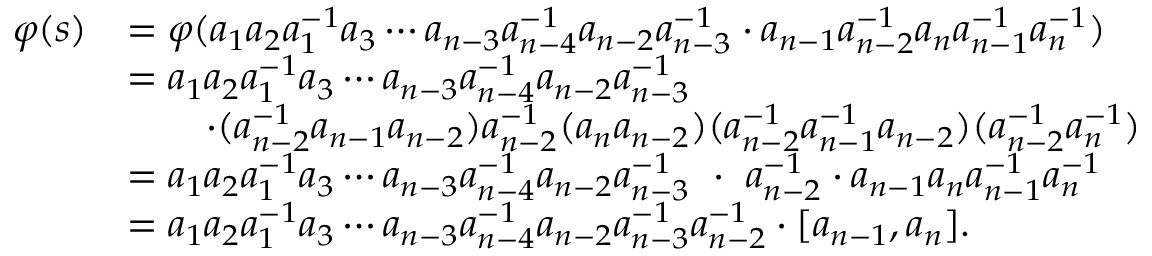
\begin{array} { r l } { \varphi ( s ) } & { = \varphi ( a _ { 1 } a _ { 2 } a _ { 1 } ^ { - 1 } a _ { 3 } \cdots a _ { n - 3 } a _ { n - 4 } ^ { - 1 } a _ { n - 2 } a _ { n - 3 } ^ { - 1 } \cdot a _ { n - 1 } a _ { n - 2 } ^ { - 1 } a _ { n } a _ { n - 1 } ^ { - 1 } a _ { n } ^ { - 1 } ) } \\ & { = a _ { 1 } a _ { 2 } a _ { 1 } ^ { - 1 } a _ { 3 } \cdots a _ { n - 3 } a _ { n - 4 } ^ { - 1 } a _ { n - 2 } a _ { n - 3 } ^ { - 1 } } \\ & { \qquad \cdot ( a _ { n - 2 } ^ { - 1 } a _ { n - 1 } a _ { n - 2 } ) a _ { n - 2 } ^ { - 1 } ( a _ { n } a _ { n - 2 } ) ( a _ { n - 2 } ^ { - 1 } a _ { n - 1 } ^ { - 1 } a _ { n - 2 } ) ( a _ { n - 2 } ^ { - 1 } a _ { n } ^ { - 1 } ) } \\ & { = a _ { 1 } a _ { 2 } a _ { 1 } ^ { - 1 } a _ { 3 } \cdots a _ { n - 3 } a _ { n - 4 } ^ { - 1 } a _ { n - 2 } a _ { n - 3 } ^ { - 1 } \ \cdot \ a _ { n - 2 } ^ { - 1 } \cdot a _ { n - 1 } a _ { n } a _ { n - 1 } ^ { - 1 } a _ { n } ^ { - 1 } } \\ & { = a _ { 1 } a _ { 2 } a _ { 1 } ^ { - 1 } a _ { 3 } \cdots a _ { n - 3 } a _ { n - 4 } ^ { - 1 } a _ { n - 2 } a _ { n - 3 } ^ { - 1 } a _ { n - 2 } ^ { - 1 } \cdot [ a _ { n - 1 } , a _ { n } ] . } \end{array}